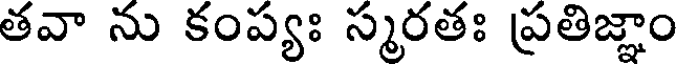
తవా ను కంప్యః స్మరతః ప్రతిజ్ఞాం